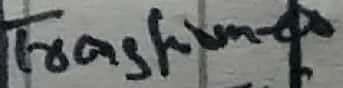
Text: Transformer